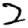
Digit: 2